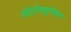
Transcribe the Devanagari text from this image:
सेंट्रीफ्यूगेशन